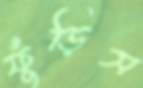
ফুঁড়িস